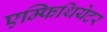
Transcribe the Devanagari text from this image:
एम्फिथियेटर